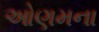
ઓણમના